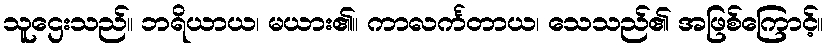
သူဌေးသည်။ ဘရိယာယ၊ မယား၏။ ကာလင်္ကတာယ၊ သေသည်၏ အဖြစ်ကြောင့်။